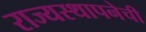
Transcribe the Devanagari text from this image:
राज्यस्थापनेची